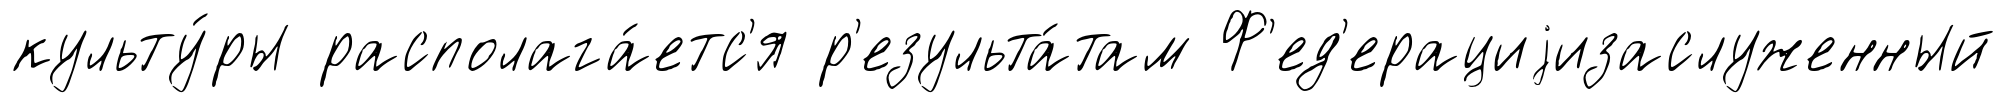
культу́ры располага́етс'я р'езульта́там Ф'ед'ерациjизаслуженный